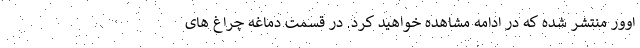
اوور منتشر شده که در ادامه مشاهده خواهید کرد. در قسمت دماغه چراغ های